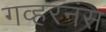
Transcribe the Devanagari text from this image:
गव्हरनंस